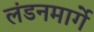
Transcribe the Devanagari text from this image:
लंडनमार्गे